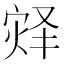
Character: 𪹀